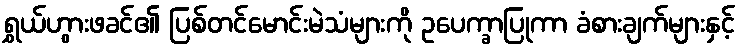
ရွှယ်ဟွားဖခင်၏ ပြစ်တင်မောင်းမဲသံများကို ဥပေက္ခာပြုကာ ခံစားချက်များနှင့်